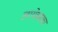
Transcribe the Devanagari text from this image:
लायेव्सका